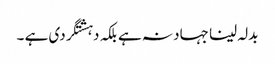
بدلہ لینا جہاد نہ ہے بلکہ دہشتگردی ہے ۔